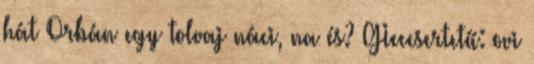
hát Orbán egy tolvaj náci, na és? GIeccsertetű: ovi